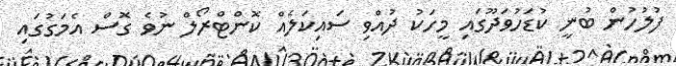
ފުލުހުން ބުނީ ކުޑަހުވަދޫގައި މީހަކު ދުއްވި ސައިކަލެއް ކޮންޓްރޯލް ނުވެ ގޮސް އެމަގުގައި